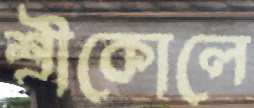
শ্রীকোলে